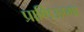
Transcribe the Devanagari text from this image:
प्राणिऊष्मा